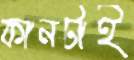
কানটাই